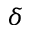
\delta